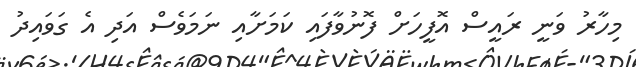
މިހާރު ވަނީ ރައީސް އޮފީހަށް ފޮނުވާފައި ކަމަށާއި ނަމަވެސް އަދި އެ ގަވައިދު